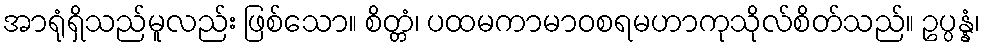
အာရုံရှိသည်မူလည်း ဖြစ်သော။ စိတ္တံ၊ ပထမကာမာဝစရမဟာကုသိုလ်စိတ်သည်။ ဥပ္ပန္နံ၊